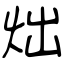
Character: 炪